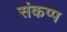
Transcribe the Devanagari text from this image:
संकप्प